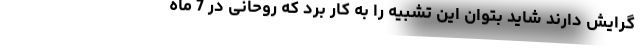
گرایش دارند شاید بتوان این تشبیه را به کار برد که روحانی در 7 ماه